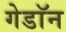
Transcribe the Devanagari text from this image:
गेडाॅन